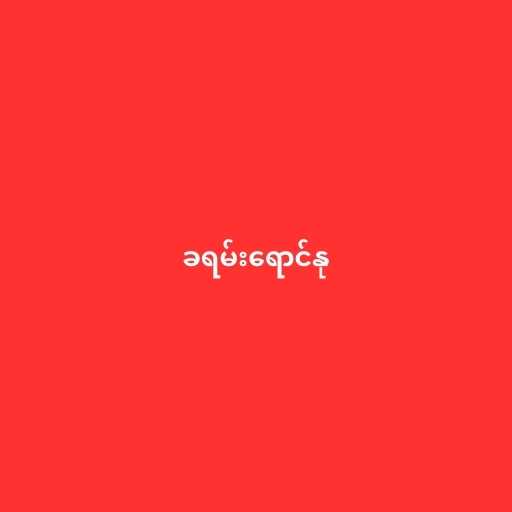
ခရမ်းရောင်နု